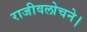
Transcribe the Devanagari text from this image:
राजीवलोचने।